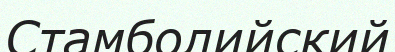
Стамболийский